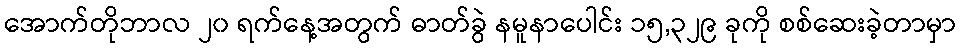
အောက်တိုဘာလ ၂၀ ရက်နေ့အတွက် ဓာတ်ခွဲ နမူနာပေါင်း ၁၅,၃၂၉ ခုကို စစ်ဆေးခဲ့တာမှာ